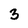
Character: 3